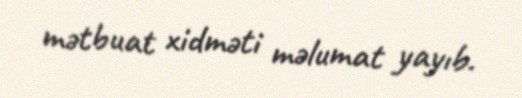
mətbuat xidməti məlumat yayıb.